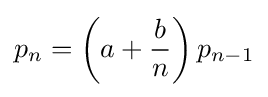
p_{n}=\left(a+{\frac {b}{n}}\right)p_{n-1}